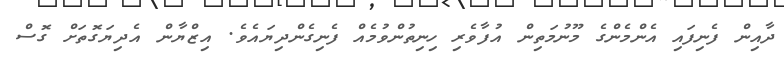
ދާއިން ފެނިފައި އެންމެންގެ މޫނުމަތިން އުފާވެރި ހިނިތުންވުމެއް ފެނިގެންދިޔައެވެ. އިޒްޔާން އެދިޔަގޮތަށް ގޮސް